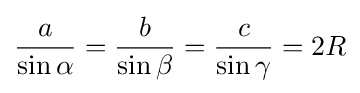
{\frac {a}{\sin {\alpha }}}={\frac {b}{\sin {\beta }}}={\frac {c}{\sin {\gamma }}}=2R